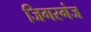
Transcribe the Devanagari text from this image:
जिगरगंज